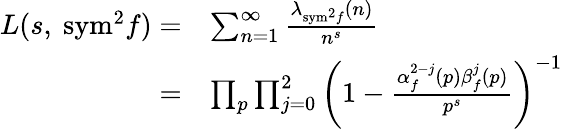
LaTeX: \begin{array}{rl}{L(s,\ \mathrm{{sym}}^{2}f)=}&{\sum_{n=1}^{\infty}\frac{\lambda_{{\mathrm{sym}}^{2}f}(n)}{n^{s}}}\\ {=}&{\prod_{p}\prod_{j=0}^{2}\left(1-\frac{\alpha_{f}^{2-j}(p)\beta_{f}^{j}(p)}{p^{s}}\right)^{-1}}\end{array}